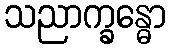
သညာက္ခန္ဓော